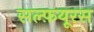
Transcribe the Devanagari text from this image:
सल्फ़यूरस